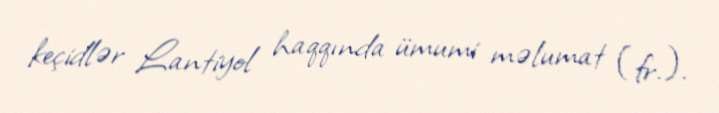
keçidlər Lantiyol haqqında ümumi məlumat (fr.).